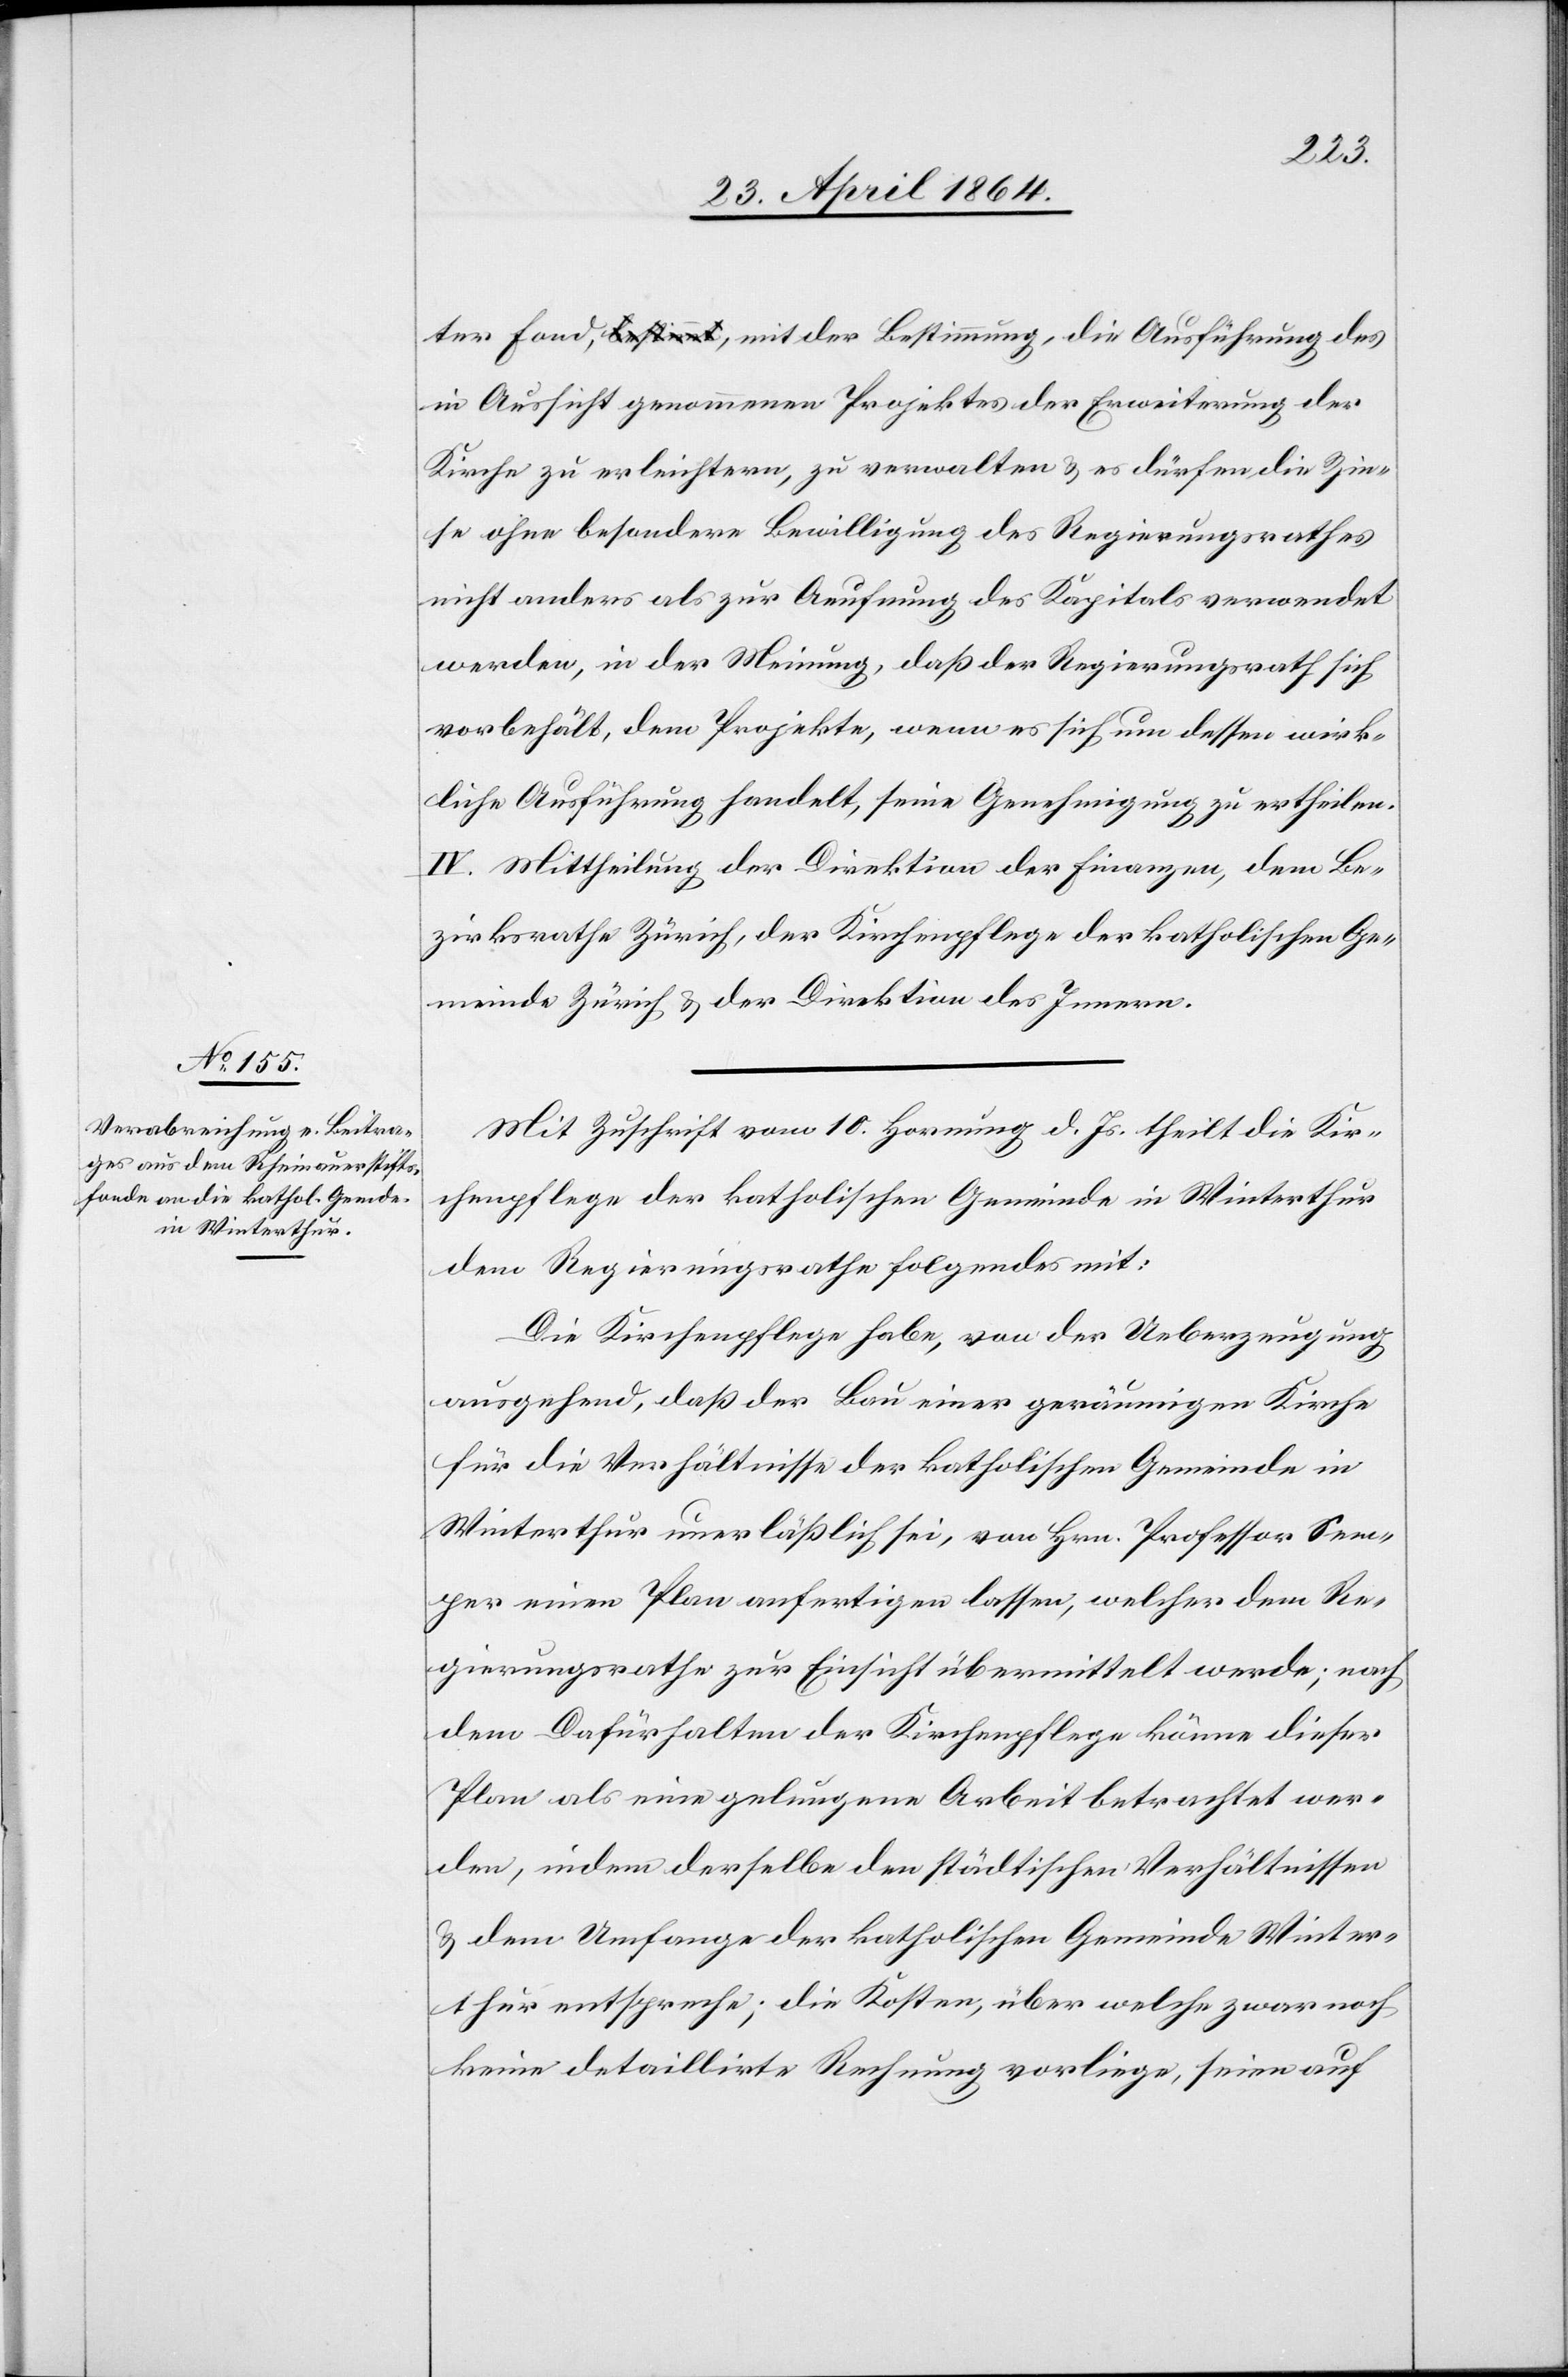
ter Fond, mit der Bestimmung, die Ausführung des
in Aussicht genommenen Projektes der Erweiterung der
Kirche zu erleichtern, zu verwalten u. es dürfen die Zin¬
se ohne besondere Bewilligung des Regierungsrathes
nicht anders als zu Aeufnung des Kapitals verwendet
werden, in der Meinung, daß der Regierungsrath sich
vorbehält, dem Projekte, wenn es sich um dessen wirk¬
liche Ausführung handelt, seine Genehmigung zu ertheilen.
IV. Mittheilung der Direktion der Finanzen, dem Be¬
zirksrathe Zürich, der Kirchenpflege der katholischen Ge¬
meinde Zürich u. der Direktion des Innern.
Mit Zuschrift vom 10. Hornung d. Js. theilt die Kir¬
chenpflege der katholischen Gemeinde in Winterthur
dem Regierungsrathe folgendes mit:
Die Kirchenpflege habe, von der Ueberzeugung
ausgehend, daß der Bau einer geräumigen Kirche
für die Verhältnisse der katholischen Gemeinde in
Winterthur unerläßlich sei, von Hrn. Professor Sem¬
per einen Plan anfertigen lassen, welcher dem Re¬
gierungsrathe zur Einsicht übermittelt werde; nach
dem Dafürhalten der Kirchenpflege könne dieser
Plan als eine gelungene Arbeit betrachtet wer¬
den, indem derselbe den städtischen Verhältnissen
u. dem Umfange der katholischen Gemeinde Winter¬
thur entspreche; die Kosten, über welche zwar noch
keine detaillirte Rechnung vorliege, seien auf